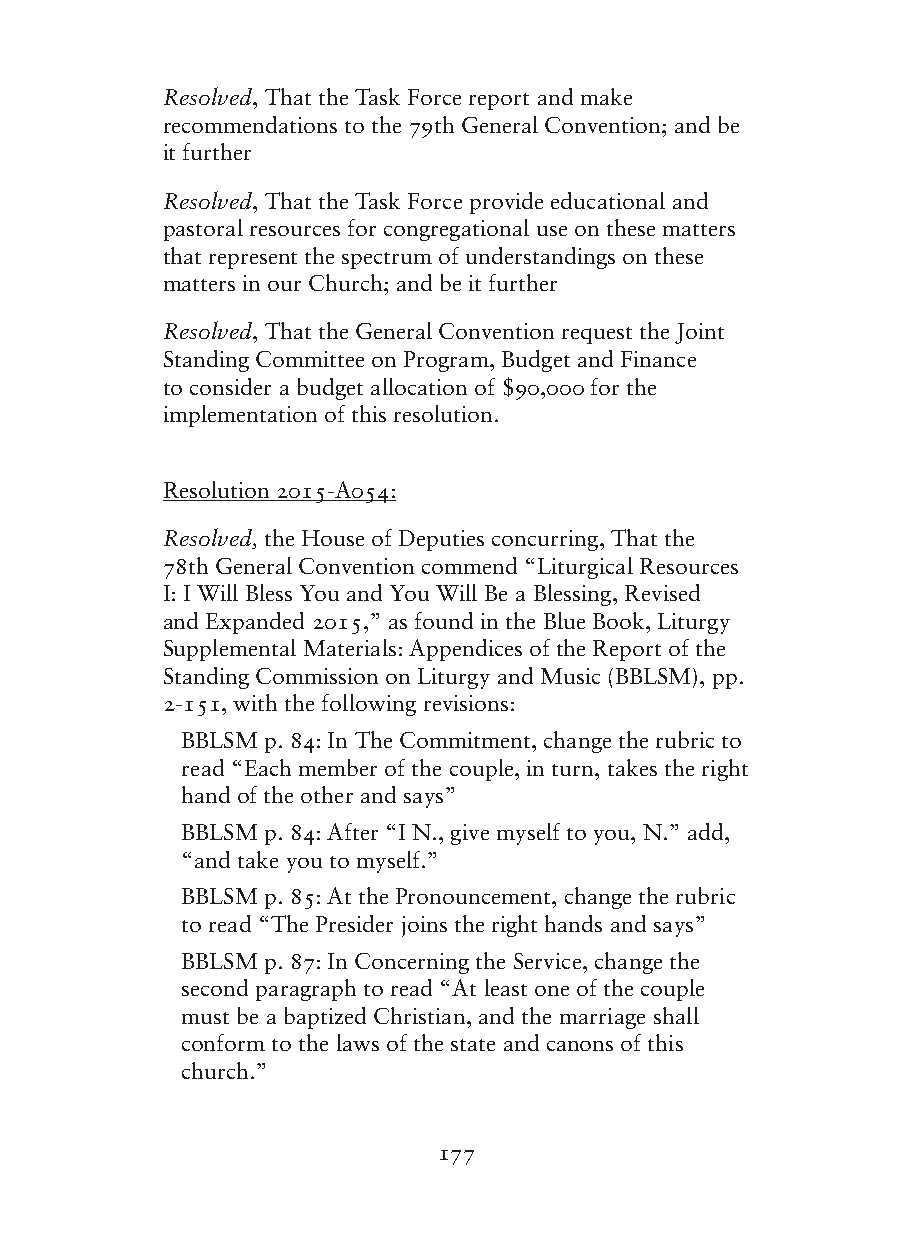
Resolved, That the Task Force report and make
 recommendations to the 79th General Convention; and be
 it further
 Resolved, That the Task Force provide educational and
 pastoral resources for congregational use on these matters
 that represent the spectrum of understandings on these
 matters in our Church; and be it further
 Resolved, That the General Convention request the Joint
 Standing Committee on Program, Budget and Finance
 to consider a budget allocation of $90,000 for the
 implementation of this resolution.
 Resolution 2015-A054:
 Resolved, the House of Deputies concurring, That the
 78th General Convention commend “Liturgical Resources
 I: I Will Bless You and You Will Be a Blessing, Revised
 and Expanded 2015,” as found in the Blue Book, Liturgy
 Supplemental Materials: Appendices of the Report of the
 Standing Commission on Liturgy and Music (BBLSM), pp.
 2-151, with the following revisions:
 BBLSM p. 84: In The Commitment, change the rubric to
 read “Each member of the couple, in turn, takes the right
 hand of the other and says”
 BBLSM p. 84: After “I N., give myself to you, N.” add,
 “and take you to myself.”
 BBLSM p. 85: At the Pronouncement, change the rubric
 to read “The Presider joins the right hands and says”
 BBLSM p. 87: In Concerning the Service, change the
 second paragraph to read “At least one of the couple
 must be a baptized Christian, and the marriage shall
 conform to the laws of the state and canons of this
 church.”
 177